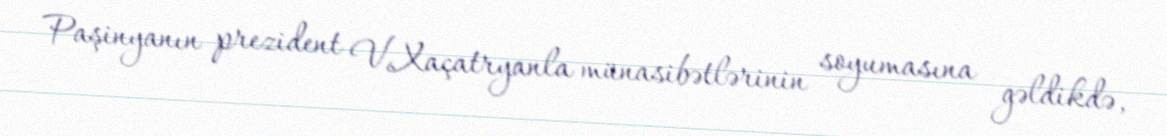
Paşinyanın prezident V.Xaçatryanla münasibətlərinin soyumasına gəldikdə,